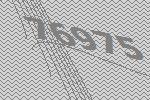
76975